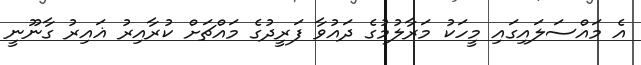
އެ މައްސަލައިގައި މީހަކު މަރާލުމުގެ ދައުވާ ފަރީދުގެ މައްޗަށް ކުރާއިރު ޣައިރު ގާނޫނީ